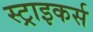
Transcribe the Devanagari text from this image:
स्‍ट्राइकर्स